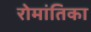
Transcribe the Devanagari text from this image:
रोमांतिका